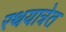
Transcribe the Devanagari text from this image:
रथयात्रेत